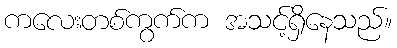
ကလေးတစ်ကွက်က အသင့်ရှိနေသည်။